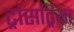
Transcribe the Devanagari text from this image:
ट्रांसट्रिया